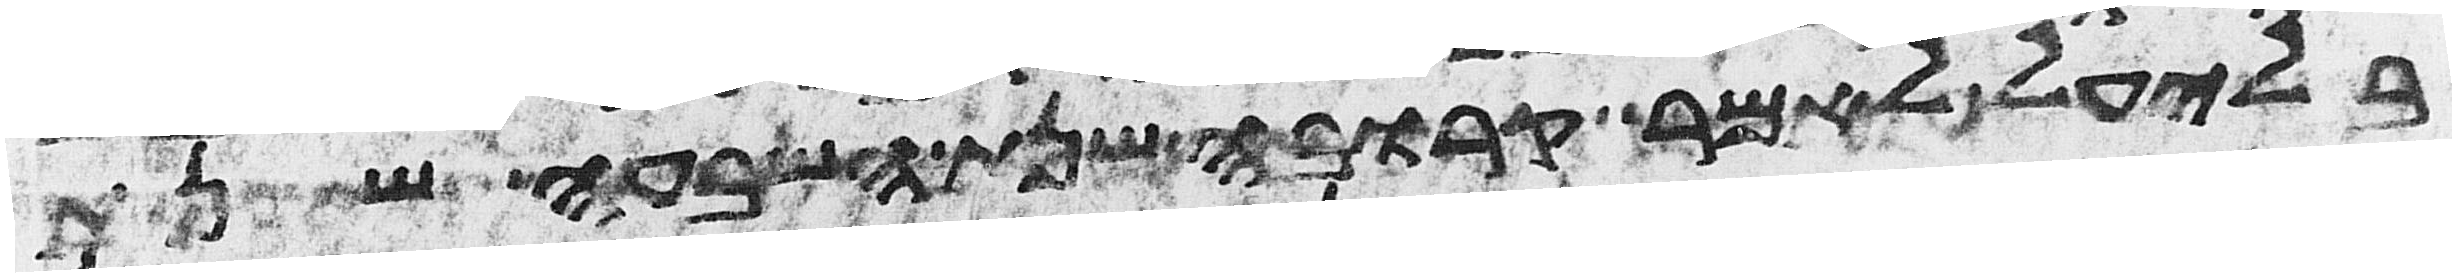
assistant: בלעיל לאמר קרובה שנת השבעה שנת